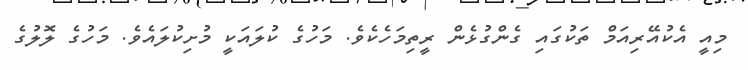
މިއީ އެކުއޭރިއަމް ތަކުގައި ގެންގުޅެން ރީތިމަހެކެވެ. މަހުގެ ކުލައަކީ މުށިކުލައެވެ. މަހުގެ ލޮލުގެ